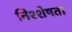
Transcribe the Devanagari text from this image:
निश्शेषता